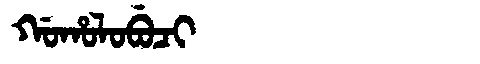
Manchu: ᡤᠣᡥᠣᠯᠣᠪᡠᠴᡳ
Romanization: GOHOLOBUCI